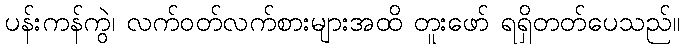
ပန်းကန်ကွဲ၊ လက်ဝတ်လက်စားများအထိ တူးဖော် ရရှိတတ်ပေသည်။